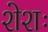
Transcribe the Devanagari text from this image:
शेशः